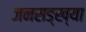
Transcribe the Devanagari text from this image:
जनसङ्ख्या